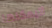
لايمكنها